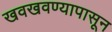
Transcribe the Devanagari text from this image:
खवखवण्यापासून